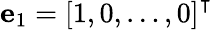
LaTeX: \mathbf{e}_{1}=\left[1,0,\ldots,0\right]^{\intercal}